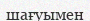
шағуымен